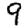
Digit: 9